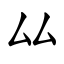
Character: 厸